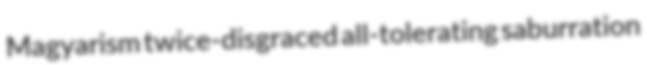
Magyarism twice-disgraced all-tolerating saburration